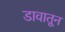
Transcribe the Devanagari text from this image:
डावातून